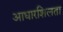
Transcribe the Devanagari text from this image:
आधारशिलता